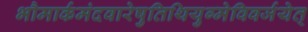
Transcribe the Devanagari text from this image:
भौमार्कमंदवारेषुतिथियुग्मेविवर्जयेत्